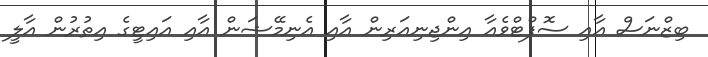
ބިޒްނަސް އާއި ސޮފްޓްވެއާ އިންޖިނިއަރިން އާއި އެނިމޭޝަން އާއި އައިޓީގެ އިތުރުން އާލީ